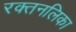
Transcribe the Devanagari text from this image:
रक्तनलिका